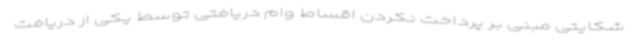
شکایتی مبنی بر پرداخت نکردن اقساط وام دریافتی توسط یکی از دریافت‌